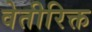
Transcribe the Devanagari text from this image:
वेतीरिक्त